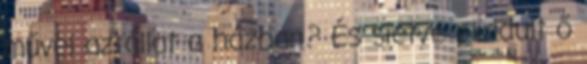
művel az állat a házban? És sietve elindult ő